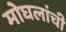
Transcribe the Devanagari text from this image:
मोघलांची